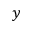
y